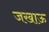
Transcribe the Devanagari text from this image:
जखाऊ